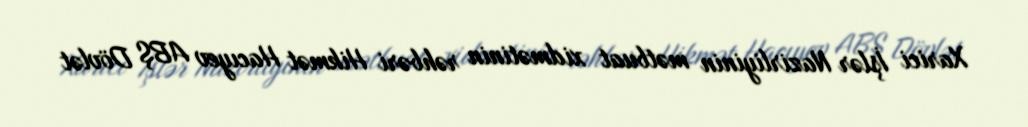
Xarici İşlər Nazirliyinin mətbuat xidmətinin rəhbəri Hikmət Hacıyev ABŞ Dövlət